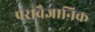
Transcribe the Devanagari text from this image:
परावैज्ञानिक